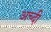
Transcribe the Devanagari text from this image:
अच्दी